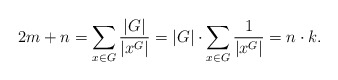
\begin{align*}2m +n = \sum_{x\in G} {\frac{|G|}{|x^G|}} = |G|\cdot \sum_{x\in G}{\frac{1}{|x^G|}} = n\cdot k.\end{align*}